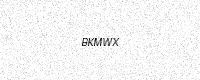
Text: BKMWX